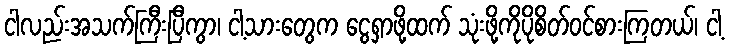
ငါလည်းအသက်ကြီးပြီကွာ၊ ငါ့သားတွေက ငွေရှာဖို့ထက် သုံးဖို့ကိုပိုစိတ်ဝင်စားကြတယ်၊ ငါ့